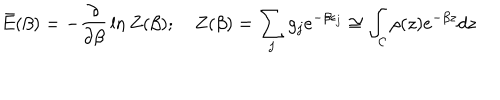
\bar { E } ( \beta ) = - { \frac { \partial } { \partial \beta } } \ln Z ( \beta ) ; \quad Z ( \beta ) = \sum _ { j } g _ { j } e ^ { - \beta \epsilon _ { j } } \cong \int _ { \cal C } \rho ( z ) e ^ { - \beta z } d z